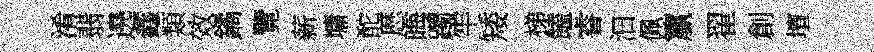
淆翡遶鑫類效鐍覽薪墉酡厯晦躅牢矮梯饁睿汩佩籯翟創壇